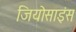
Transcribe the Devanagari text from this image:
जियोसाइंस